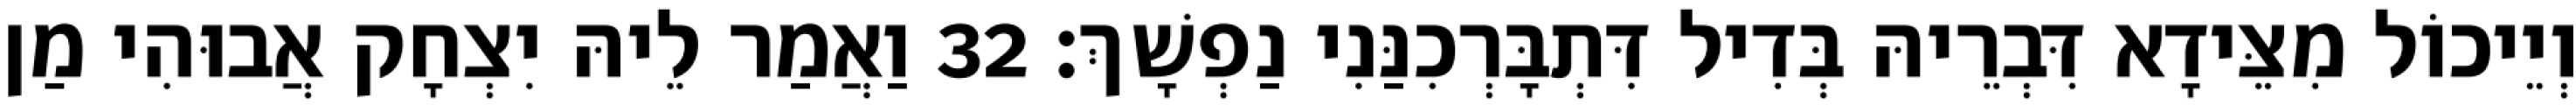
וְיֵיכוֹל מִצֵּידָא דִּבְרֵיהּ בְּדִיל דִּתְבָּרְכִנַּנִי נַפְשָׁךְ׃ 32 וַאֲמַר לֵיהּ יִצְחָק אֲבוּהִי מַן